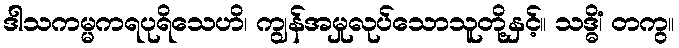
ဒါသကမ္မကရပုရိသေဟိ၊ ကျွန်အမှုလုပ်သောသူတို့နှင့်။ သဒ္ဓိံ၊ တကွ။